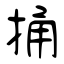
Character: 捅